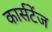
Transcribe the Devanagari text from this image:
कार्सटेंज